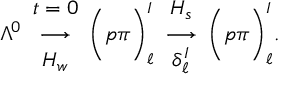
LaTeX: \Lambda ^ { 0 } \begin{array} { c } { { t = 0 } } \\ { { \longrightarrow } } \\ { { H _ { w } } } \end{array} \bigg ( p \pi \bigg ) _ { \ell } ^ { I } \begin{array} { c } { { H _ { s } } } \\ { { \longrightarrow } } \\ { { \delta _ { \ell } ^ { I } } } \end{array} \bigg ( p \pi \bigg ) _ { \ell } ^ { I } .